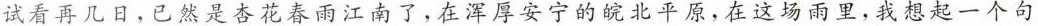
试看再几日，已然是杏花春雨江南了，在浑厚安宁的皖北平原，在这场雨里，我想起一个句